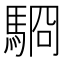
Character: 䮐